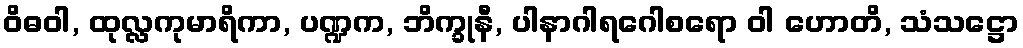
ဝိဓဝါ, ထုလ္လကုမာရိကာ, ပဏ္ဍက, ဘိက္ခုနီ, ပါနာဂါရဂေါစရော ဝါ ဟောတိ, သံသဋ္ဌော